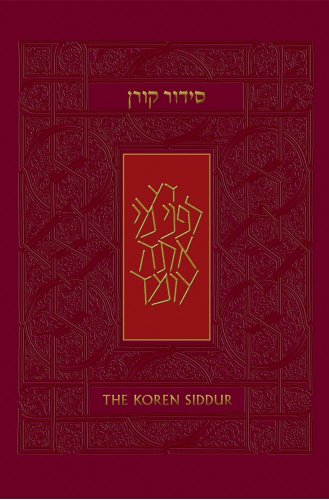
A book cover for Koren Sacks Siddur, Hebrew/English, Sepharad Prayerbook; Jonathan Sacks; Religion & Spirituality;